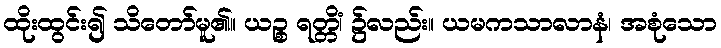
ထိုးထွင်း၍ သိတော်မူ၏။ ယဉ္စ ရတ္တိံ၊ ၌လည်း။ ယမကသာလာနံ၊ အစုံသော